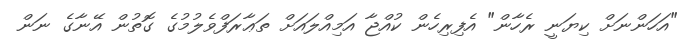
"އަހަންނަށް ކިޔަނީ ރެހާން" އެފިރިހެން ކުއްޖާ އަމިއްލައަށް ތަޢާރަފްވެލުމުގެ ގޮތުން އޭނާގެ ނަން